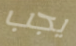
يجب